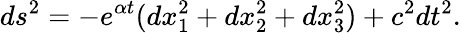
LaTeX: ds^{2}=-e^{\alpha t}(dx_{1}^{2}+dx_{2}^{2}+dx_{3}^{2})+c^{2}dt^{2}.